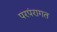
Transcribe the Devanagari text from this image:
परपंरागत